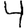
Digit: 4